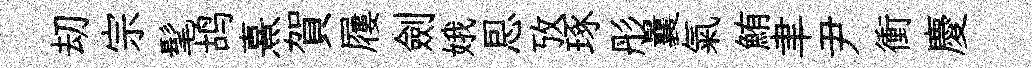
刧宗髦鸪熹賀屨劍娥㤙攷琢彤曩氣鮪聿尹衝慶